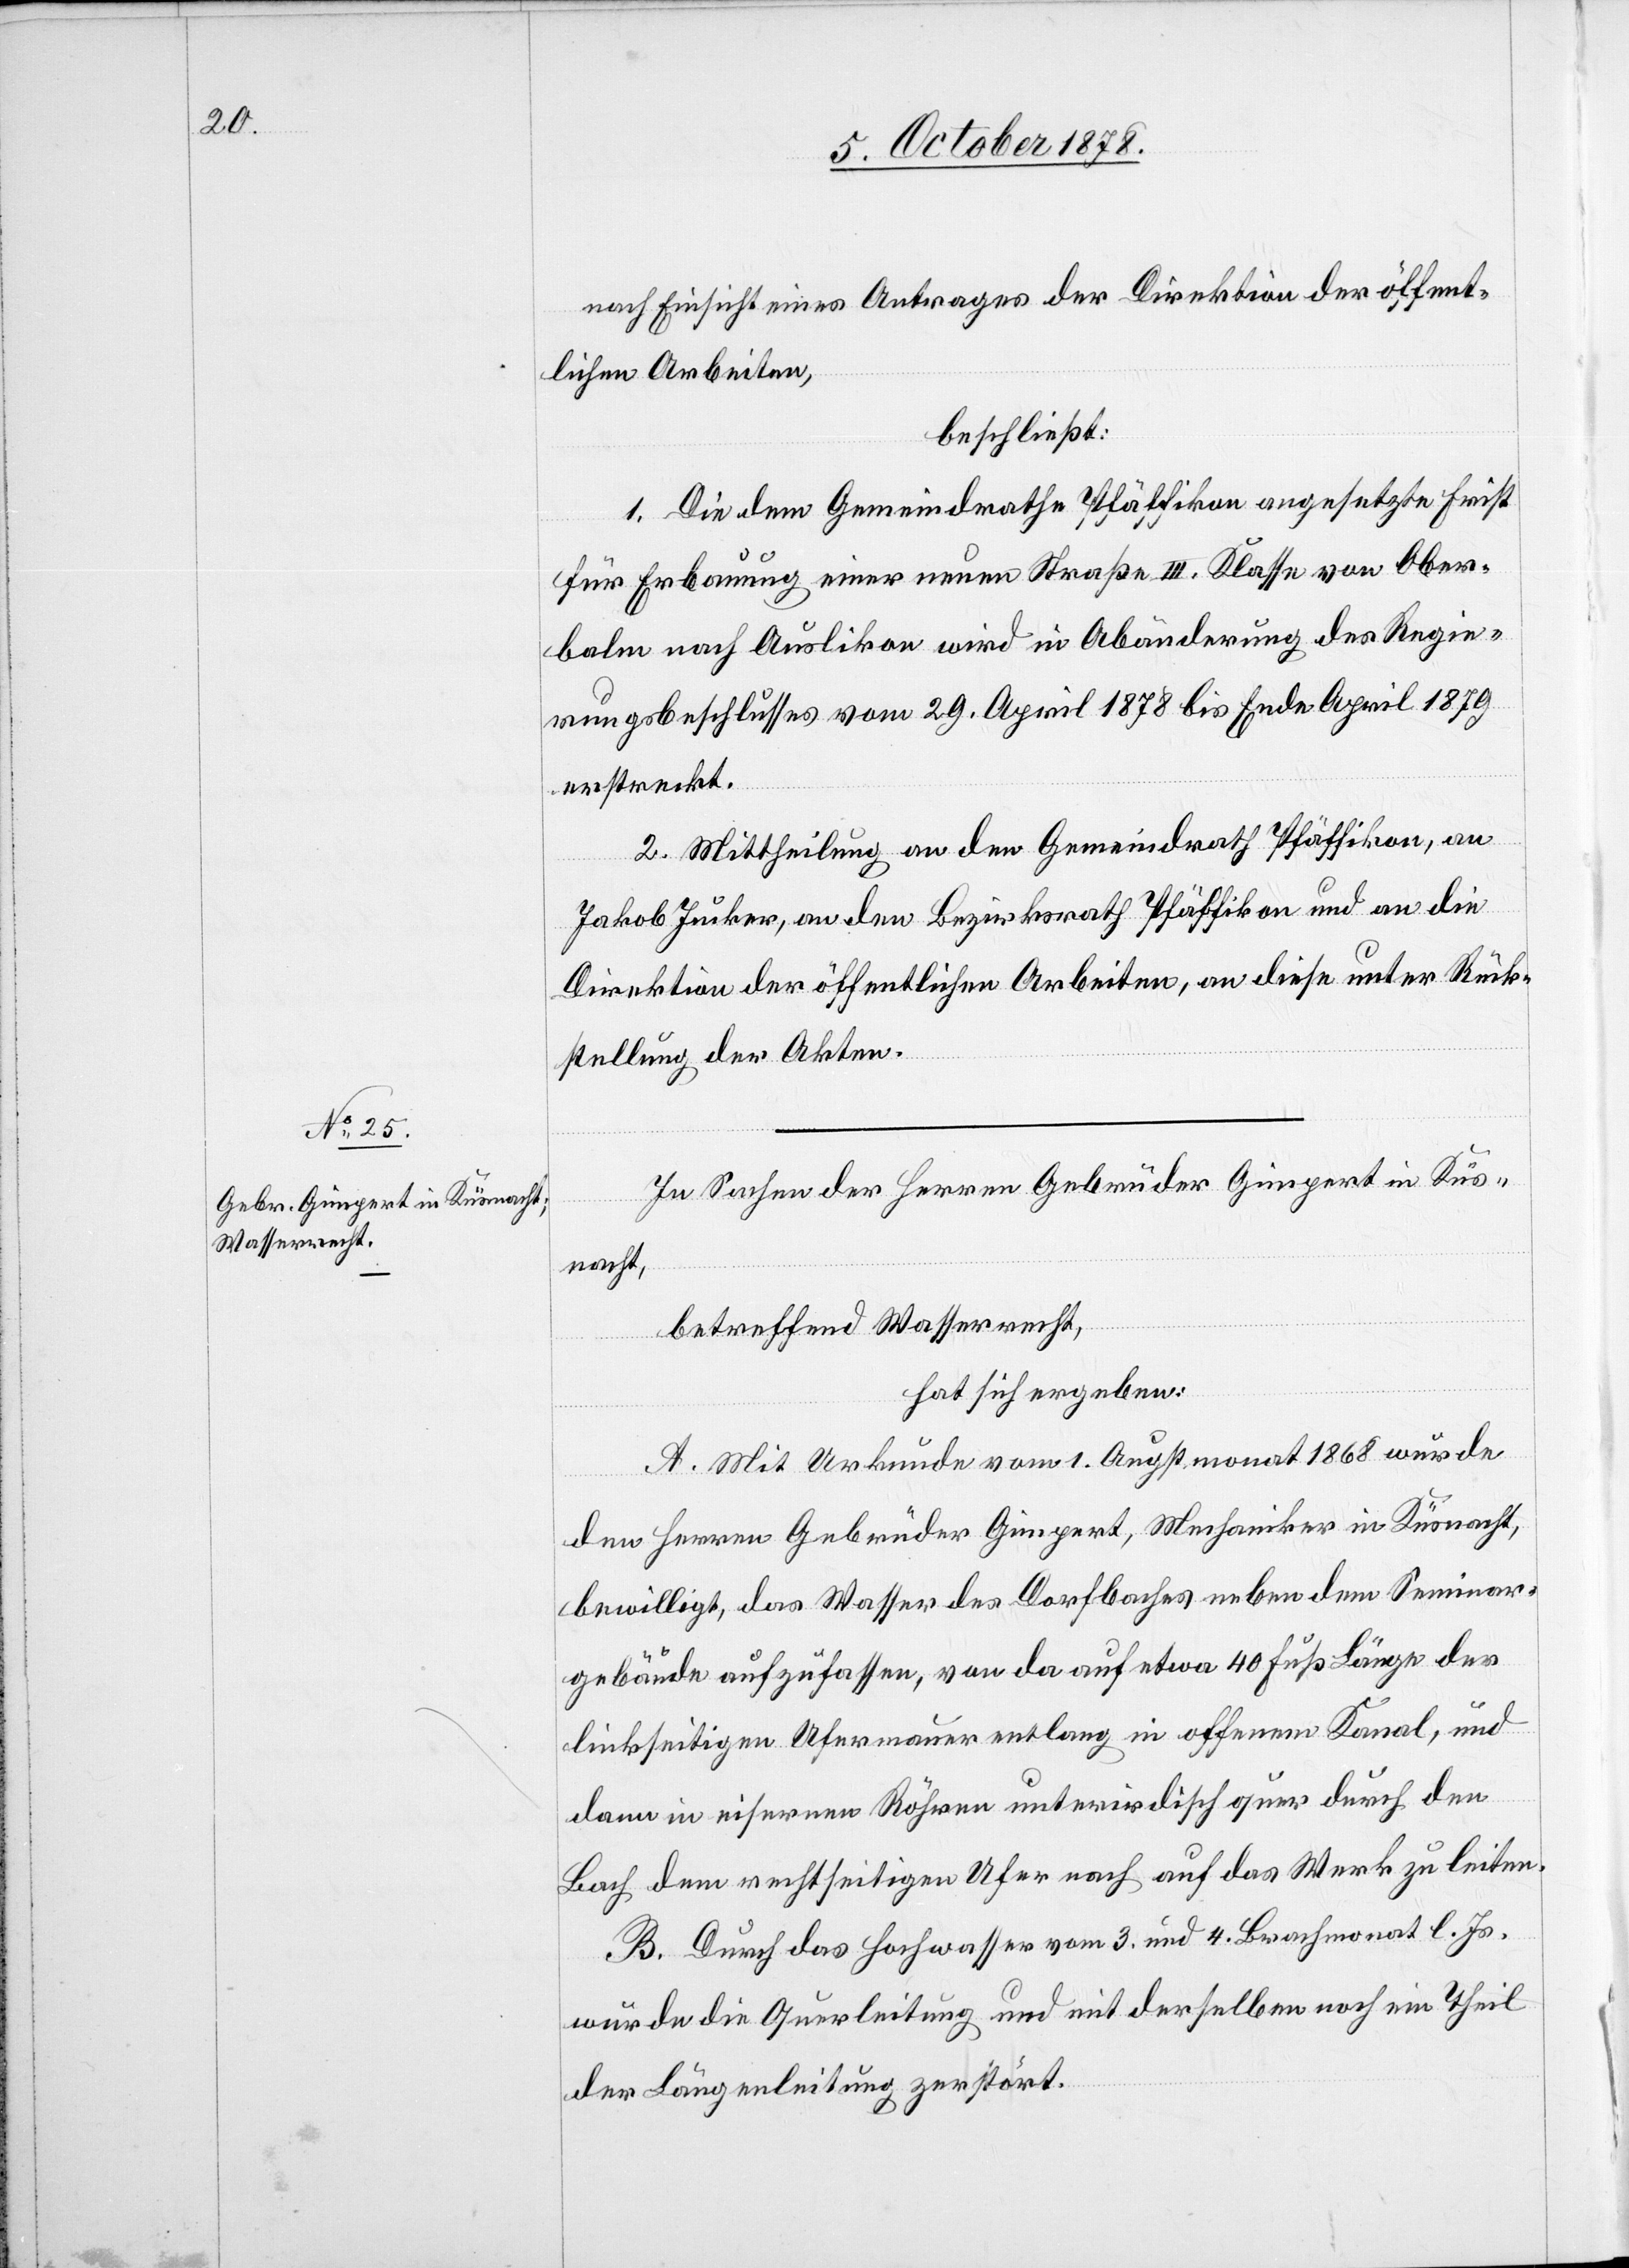
nach Einsicht eines Antrages der Direktion der öffent¬
lichen Arbeiten,
beschließt:
1. Die dem Gemeindrathe Pfäffikon angesetzte Frist
für Erbauung einer neuen Straße III. Klasse von Ober¬
balm nach Auslikon wird in Abänderung des Regie¬
rungsbeschlusses vom 29. April 1878 bis Ende April 1879
erstreckt.
2. Mittheilung an den Gemeindrath Pfäffikon, an
Jakob Jucker, an den Bezirksrath Pfäffikon und an die
Direktion der öffentlichen Arbeiten, an diese unter Rück¬
stellung der Akten.
In Sachen der Herren Gebrüder Gimpert in Küs¬
nacht,
betreffend Wasserrecht,
hat sich ergeben:
A. Mit Urkunde vom 1. Augstmonat 1868 wurde
den Herren Gebrüder Gimpert, Mechaniker in Küsnacht,
bewilligt, das Wasser des Dorfbaches neben dem Seminar¬
gebäude aufzufassen, von da auf etwa 40 Fuß Länge der
linkseitigen Ufermauer entlang in offenem Kanal, und
dann in eisernen Röhren unterirdisch quer durch den
Bach dem rechtseitigen Ufer nach auf das Werk zu leiten.
B. Durch das Hochwasser vom 3. und 4. Brachmonat l. Js.
wurde die Querleitung und mit derselben noch ein Theil
der Längenleitung zerstört.